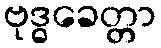
ဗုဒ္ဓခေတ္တာ